Civil Veterinary Dept. Bombay admin report 1893-99 - 1893-1899
Year: 1893
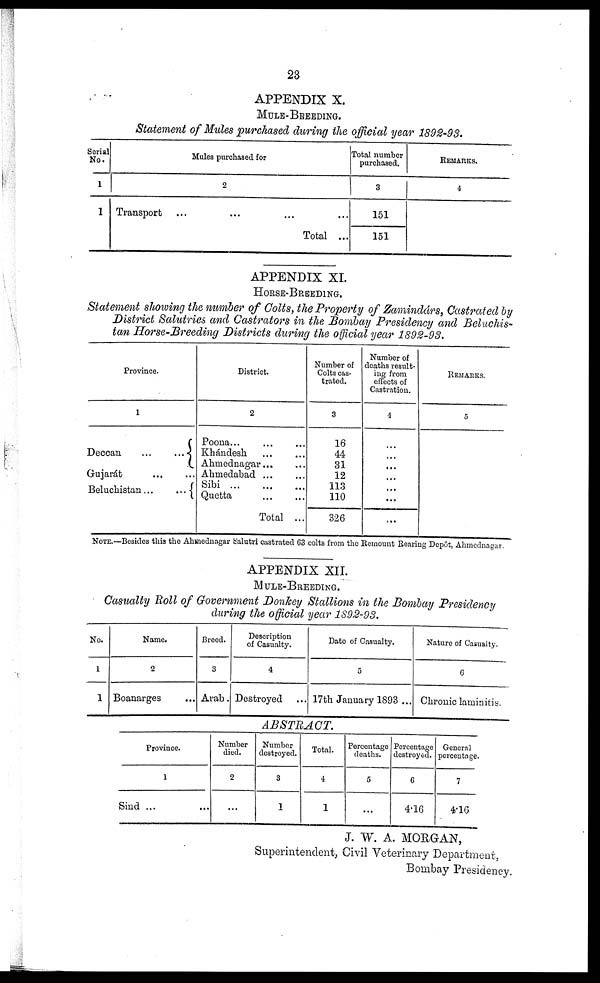
23
APPENDIX X.
MULE-BREEDINGS.
Statement of Mules purchased during the official year 1892-93.
Serial
No.
1
1
Mules purchased for
2
Transport ... ... ... ...
Total ...
Total number
purchased.
3
151
151
REMARKS.
4
APPENDIX XI.
HORSE-BREEDING.
Statement showing the number of Colts, the Property of Zamindárs, Castrated by
District Salutries and Castrators in the Bombay Presidency and Beluchis-
tan Horse-Breeding Districts during the official year 1892-93.
Province.
1
Deccan
...
...
Gujarát ... ...
Beluchistan ...
...
District.
2
Poona... ... ...
Khándesh ... ...
Ahmednagar... ...
Ahmedabad ... ...
Sibi ... ... ...
Quetta
...
...
Total ...
Number of
Colts cas-
trated.
3
16
44
31
12
113
110
326
Number of
deaths result-
ing from
effects of
Castration.
4
...
...
...
...
...
...
...
REMARKS.
5
NOTE.—Besides this the Ahmednagar Salutri castrated 63 colts from the Remount Rearing Depôt, Ahmednagar.
APPENDIX XII.
MULE-BREEDING.
Casualty Roll of Government Donkey Stallions in the Bombay Presidency
during the official year 1892-93.
No.
1
1
Name.
2
Boanarges ...
Breed.
3
Arab.
Description
of Casualty.
4
Destroyed
Date of Casualty.
5
17th January 1993 ...
Nature of Casualty.
6
Chronic laminitis.
ABSTRACT.
Province.
1
Shid ... ...
Number
died.
2
...
Number
destroyed.
3
1
Total.
4
1
Percentage
deaths.
5
...
Percentage
destroyed.
6
4.16
General
percentage.
7
4.16
J. W. A. MORGAN,
Superintendent, Civil Veterinary Department,
Bombay Presidency.